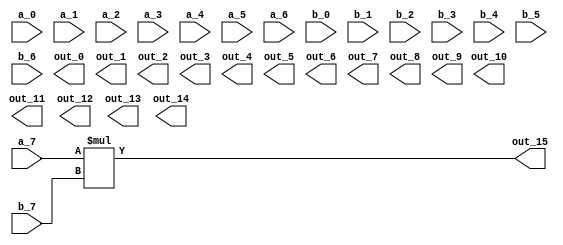
//-------------------------------------------------------
//  Functionality: A 8-bit combinational multiply circuit
//-------------------------------------------------------

module mult8(a_0, a_1, a_2, a_3, a_4, a_5, a_6, a_7,
			b_0, b_1, b_2, b_3, b_4, b_5, b_6, b_7,
			out_0, out_1, out_2, out_3, out_4, out_5, out_6, out_7,
			out_8, out_9, out_10, out_11, out_12, out_13, out_14, out_15);
input a_0, a_1, a_2, a_3, a_4, a_5, a_6, a_7;
input b_0, b_1, b_2, b_3, b_4, b_5, b_6, b_7;
output out_0, out_1, out_2, out_3, out_4, out_5, out_6, out_7;
output out_8, out_9, out_10, out_11, out_12, out_13, out_14, out_15;

 assign a = {a_0, a_1, a_2, a_3, a_4, a_5, a_6, a_7};
 assign b = {b_0, b_1, b_2, b_3, b_4, b_5, b_6, b_7};
 assign out = {out_0, out_1, out_2, out_3, out_4, out_5, out_6, out_7, out_8, out_9, out_10, out_11, out_12, out_13, out_14, out_15};

 assign out = a*b;

endmodule